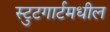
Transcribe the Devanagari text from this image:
स्टुटगार्टमधील